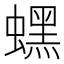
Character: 蟔